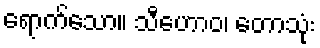
ရောက်သော။ သီဟောဝ၊ တောသုံး